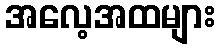
အလေ့အထများ